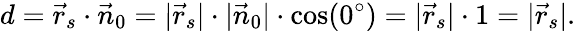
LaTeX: d={\vec{r}}_{s}\cdot{\vec{n}}_{0}=|{\vec{r}}_{s}|\cdot|{\vec{n}}_{0}|\cdot\cos(0^{\circ})=|{\vec{r}}_{s}|\cdot 1=|{\vec{r}}_{s}|.